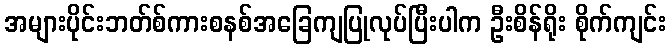
အများပိုင်းဘတ်စ်ကားစနစ်အခြေကျပြုလုပ်ပြီးပါက ဦးစိန်ရိုး စိုက်ကျင်း